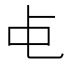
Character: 𬺾